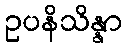
ဥပနိသိန္နာ